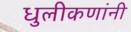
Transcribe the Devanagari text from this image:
धुलीकणांनी